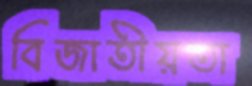
বিজাতীয়তা